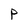
Character: P